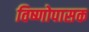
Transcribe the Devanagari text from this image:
विष्णोपासक